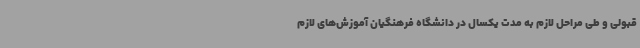
قبولی و طی مراحل لازم به مدت یکسال در دانشگاه فرهنگیان آموزش‌های لازم